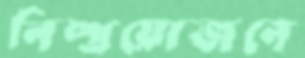
নিষ্প্রয়োজনে